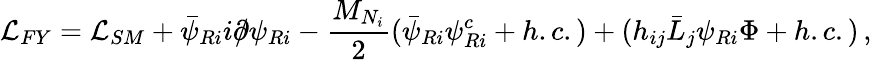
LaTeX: {\cal L}_{FY}={\cal L}_{SM}+\bar{\psi}_{Ri}i\partial\! \! \! /\psi_{Ri}-\frac{M_{N_{i}}}{2}(\bar{\psi}_{Ri}\psi_{Ri}^{c}+h.c.)+(h_{ij}\bar{L}_{j}\psi_{Ri}\Phi+h.c.)\, ,